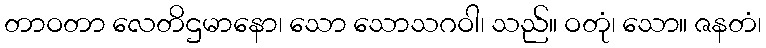
တာဝတာ လေတိဌမာနော၊ သော သောသဂဝါ၊ သည်။ ဝတုံ၊ သော။ ဇနတံ၊